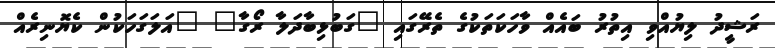
ރަޝީދު ލިޔުއްވި އިތުރު ބައެއް ވާހަކަތަކުގެ ތެރޭގައި "ގަބުޅިބާދަލާ ރޯގާ" "އަލަގަހަކުން ކެޔޮނިރެއް